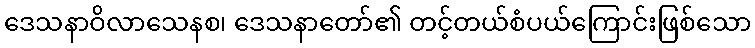
ဒေသနာဝိလာသေနစ၊ ဒေသနာတော်၏ တင့်တယ်စံပယ်ကြောင်းဖြစ်သော